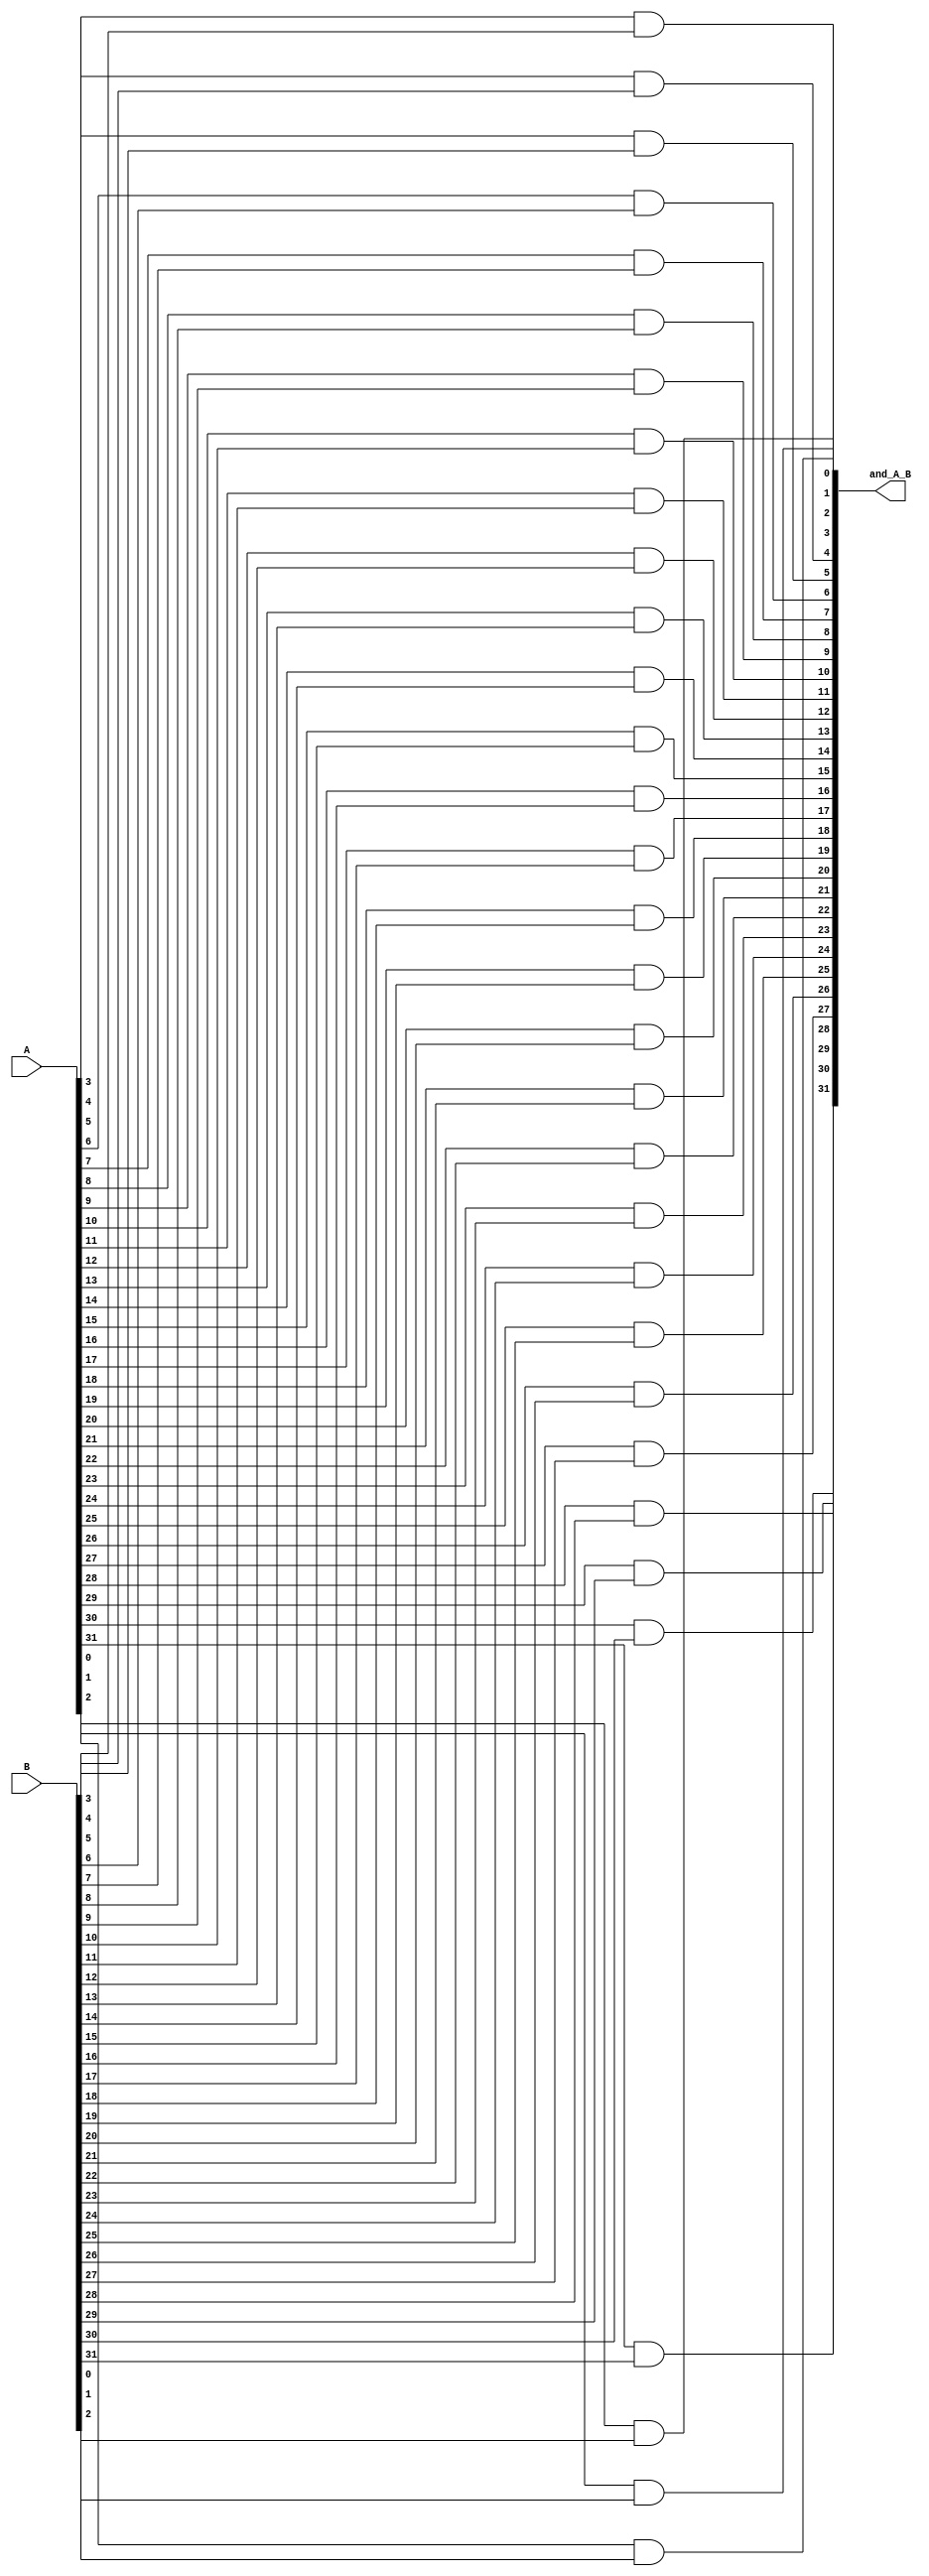
module and_A_B (and_A_B, A , B);

output [31:0] and_A_B ;
input [31:0] A,B ; 


and andOperation1(and_A_B[0],A[0],B[0]);
and andOperation2(and_A_B[1],A[1],B[1]);
and andOperation3(and_A_B[2],A[2],B[2]);
and andOperation4(and_A_B[3],A[3],B[3]);
and andOperation5(and_A_B[4],A[4],B[4]);
and andOperation6(and_A_B[5],A[5],B[5]);
and andOperation7(and_A_B[6],A[6],B[6]);
and andOperation8(and_A_B[7],A[7],B[7]);
and andOperation9(and_A_B[8],A[8],B[8]);
and andOperation10(and_A_B[9],A[9],B[9]);
and andOperation11(and_A_B[10],A[10],B[10]);
and andOperation12(and_A_B[11],A[11],B[11]);
and andOperation13(and_A_B[12],A[12],B[12]);
and andOperation14(and_A_B[13],A[13],B[13]);
and andOperation15(and_A_B[14],A[14],B[14]);
and andOperation16(and_A_B[15],A[15],B[15]);
and andOperation17(and_A_B[16],A[16],B[16]);
and andOperation18(and_A_B[17],A[17],B[17]);
and andOperation19(and_A_B[18],A[18],B[18]);
and andOperation20(and_A_B[19],A[19],B[19]);
and andOperation21(and_A_B[20],A[20],B[20]);
and andOperation22(and_A_B[21],A[21],B[21]);
and andOperation23(and_A_B[22],A[22],B[22]);
and andOperation24(and_A_B[23],A[23],B[23]);
and andOperation25(and_A_B[24],A[24],B[24]);
and andOperation26(and_A_B[25],A[25],B[25]);
and andOperation27(and_A_B[26],A[26],B[26]);
and andOperation28(and_A_B[27],A[27],B[27]);
and andOperation29(and_A_B[28],A[28],B[28]);
and andOperation30(and_A_B[29],A[29],B[29]);
and andOperation31(and_A_B[30],A[30],B[30]);
and andOperation32(and_A_B[31],A[31],B[31]);


endmodule